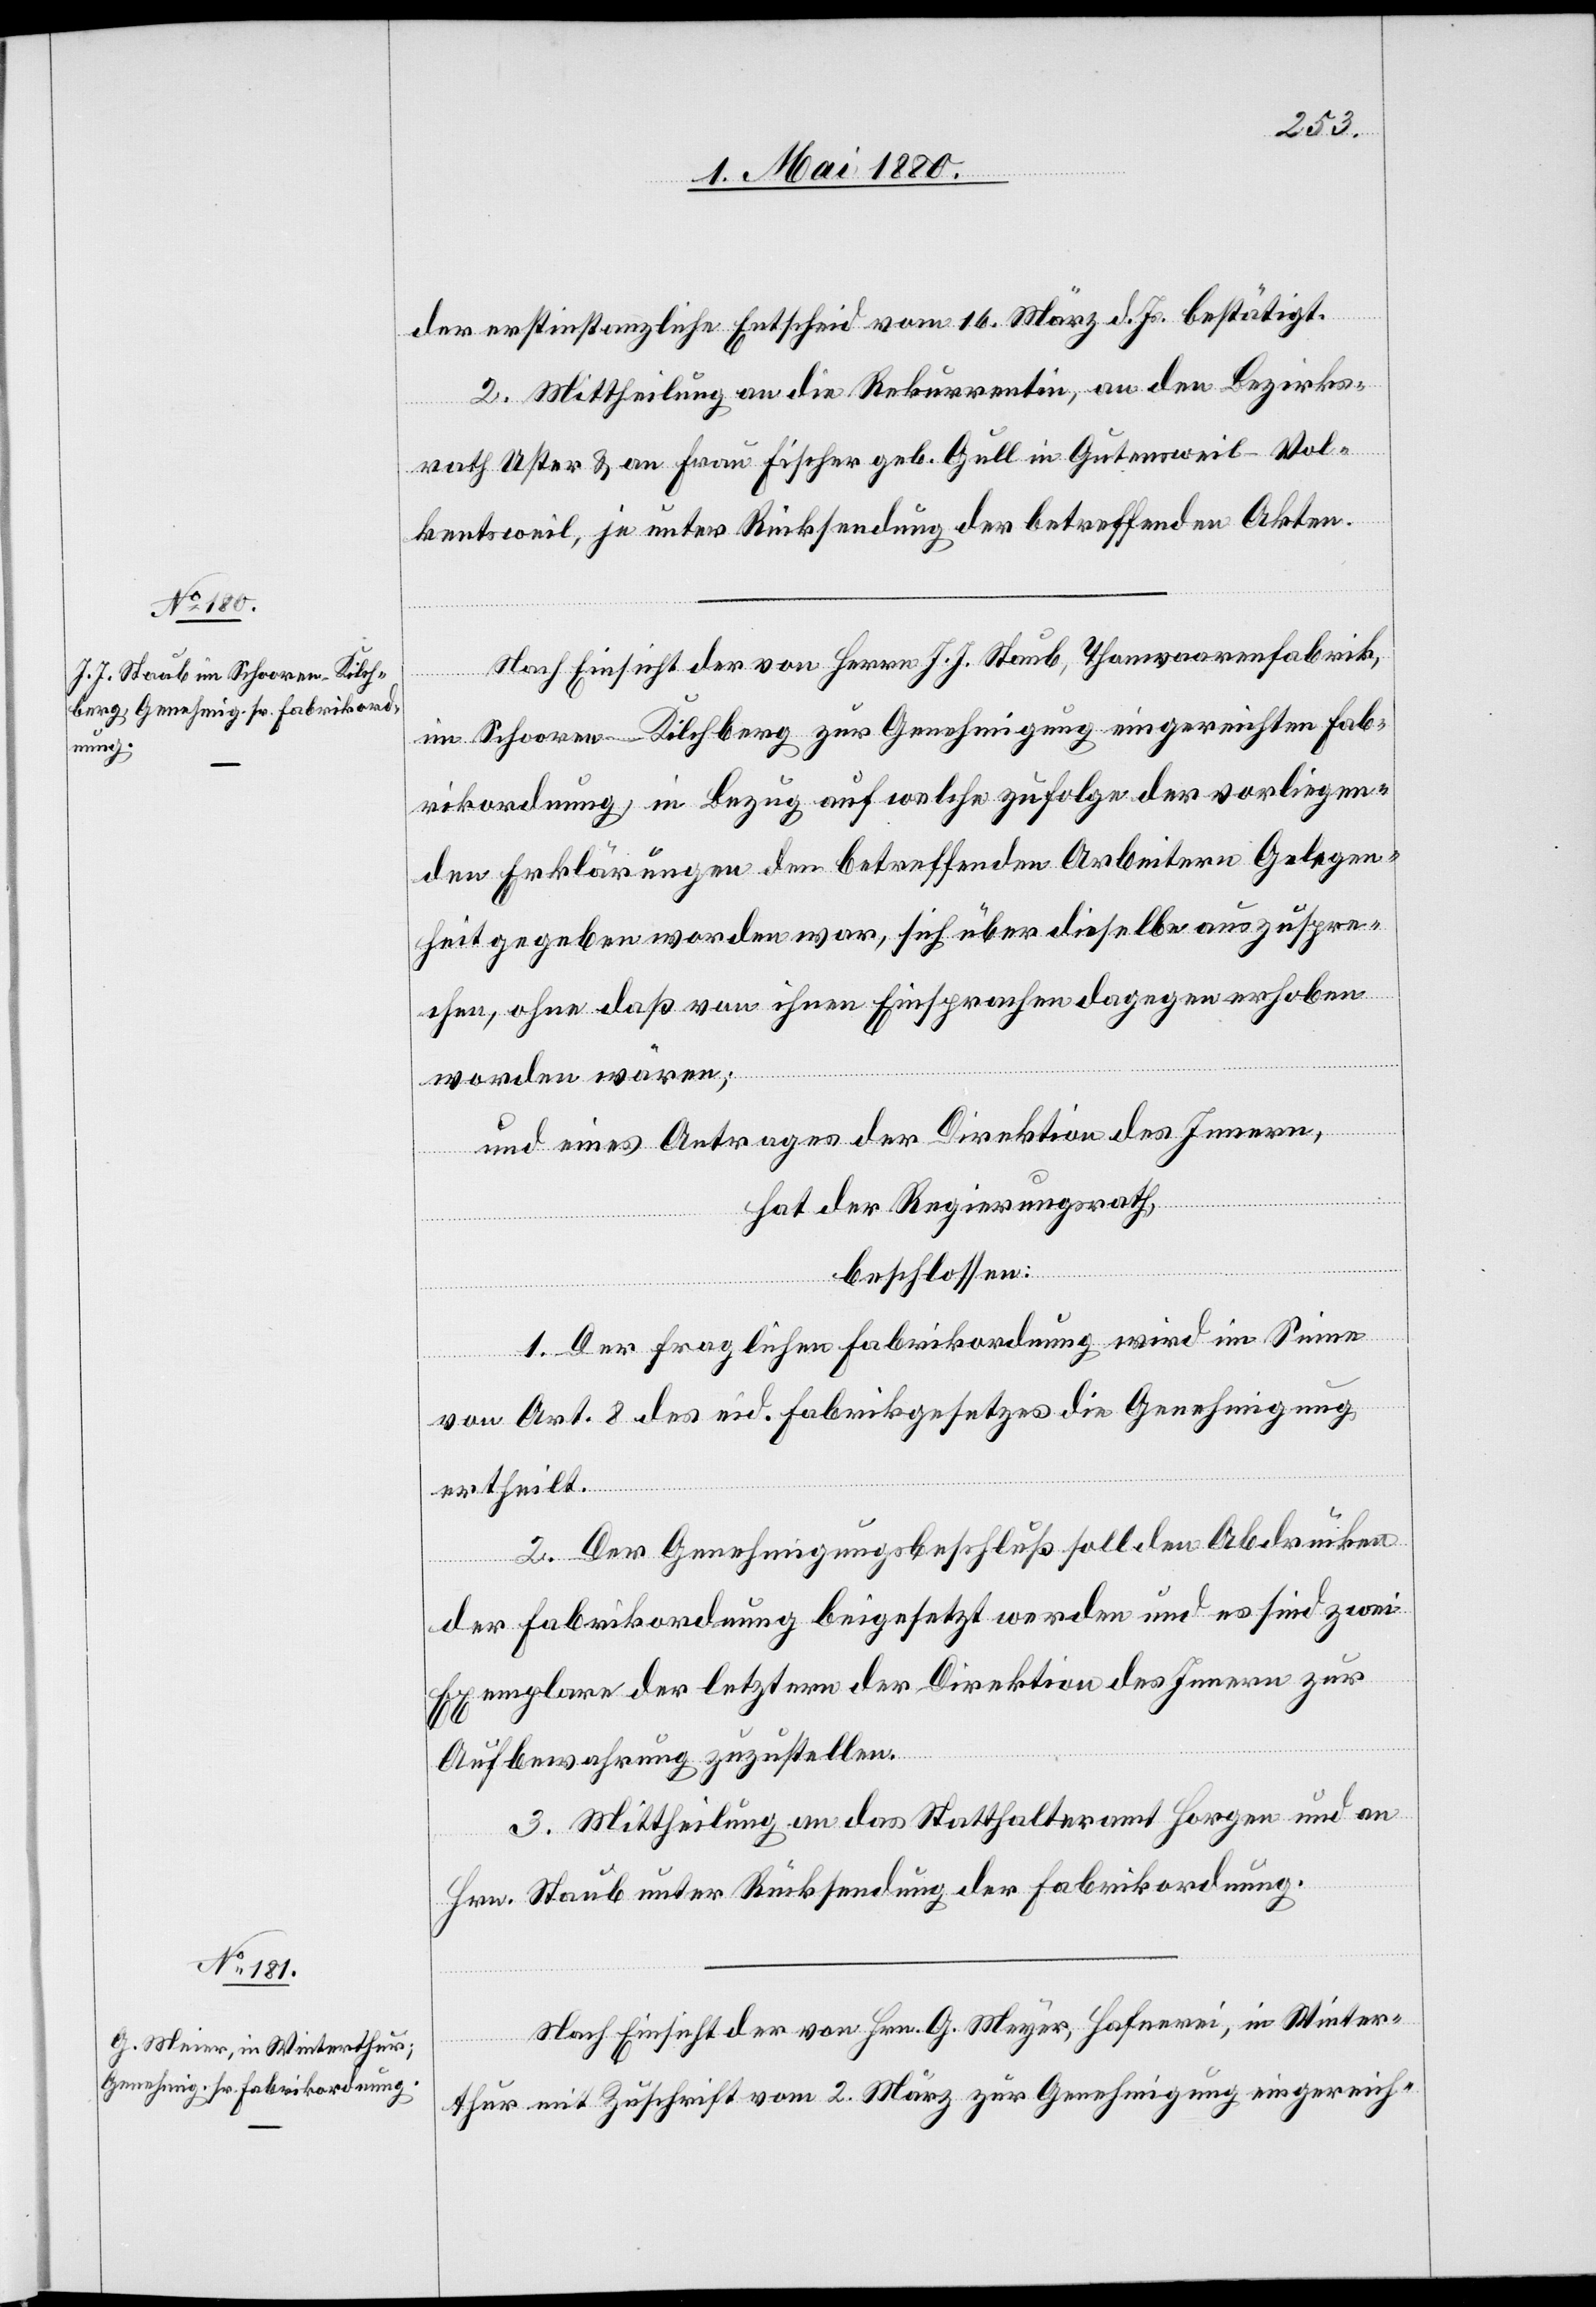
der erstinstanzliche Entscheid vom 16. März d. Js. bestätigt.
2. Mittheilung an die Rekurrentin, an den Bezirks¬
rath Uster & an Frau Fischer geb. Gull in Gutensweil - Vol¬
kentsweil, je unter Rücksendung der betreffenden Akten.
Nach Einsicht der von Herrn J. J. Staub, Thonwaarenfabrik,
in Schooren - Kilchberg zur Genehmigung eingereichten Fab¬
rikordnung, in Bezug auf welche zu Folge der vorliegen¬
den Erklärung den betreffenden Arbeitern Gelegen¬
heit gegeben worden war, sich über dieselbe auszuspre¬
chen, ohne daß von ihnen Einsprachen dagegen erhoben
worden wären;
und eines Antrages der Direktion des Innern,
hat der Regierungsrath,
beschlossen:
1. Der fraglichen Fabrikordnung wird im Sinne
von Art. 2 des eid. Fabrikgesetzes die Genehmigung
ertheilt.
2. Der Genehmigungsbeschluß soll den Abdrücken
der Fabrikordnung beigesetzt werden und es sind zwei
Exemplare der letztern der Direktion des Innern zur
Aufbewahrung zuzustellen.
3. Mittheilung an das Statthalteramt Horgen und an
Hrn. Staub unter Rücksendung der Fabrikordnung.
Nach Einsicht der von Hrn. G. Meyer [sic!], Hafnerei, in Winter¬
thur mit Zuschrift vom 2. März zur Genehmigung eingereich-